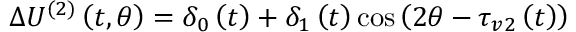
\Delta U ^ { ( 2 ) } \left( t , \theta \right) = \delta _ { 0 } \left( t \right) + \delta _ { 1 } \left( t \right) \cos \left( 2 \theta - \tau _ { v 2 } \left( t \right) \right)